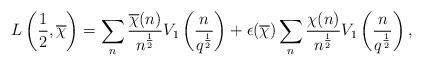
LaTeX: \begin{align*}L \left( \frac{1}{2},\overline{\chi}\right) &= \sum_n \frac{\overline{\chi}(n)}{n^{\frac{1}{2}}} V_1 \left( \frac{n}{q^{\frac{1}{2}}}\right) + \epsilon(\overline{\chi}) \sum_n \frac{\chi(n)}{n^{\frac{1}{2}}} V_1 \left( \frac{n}{q^{\frac{1}{2}}}\right),\end{align*}